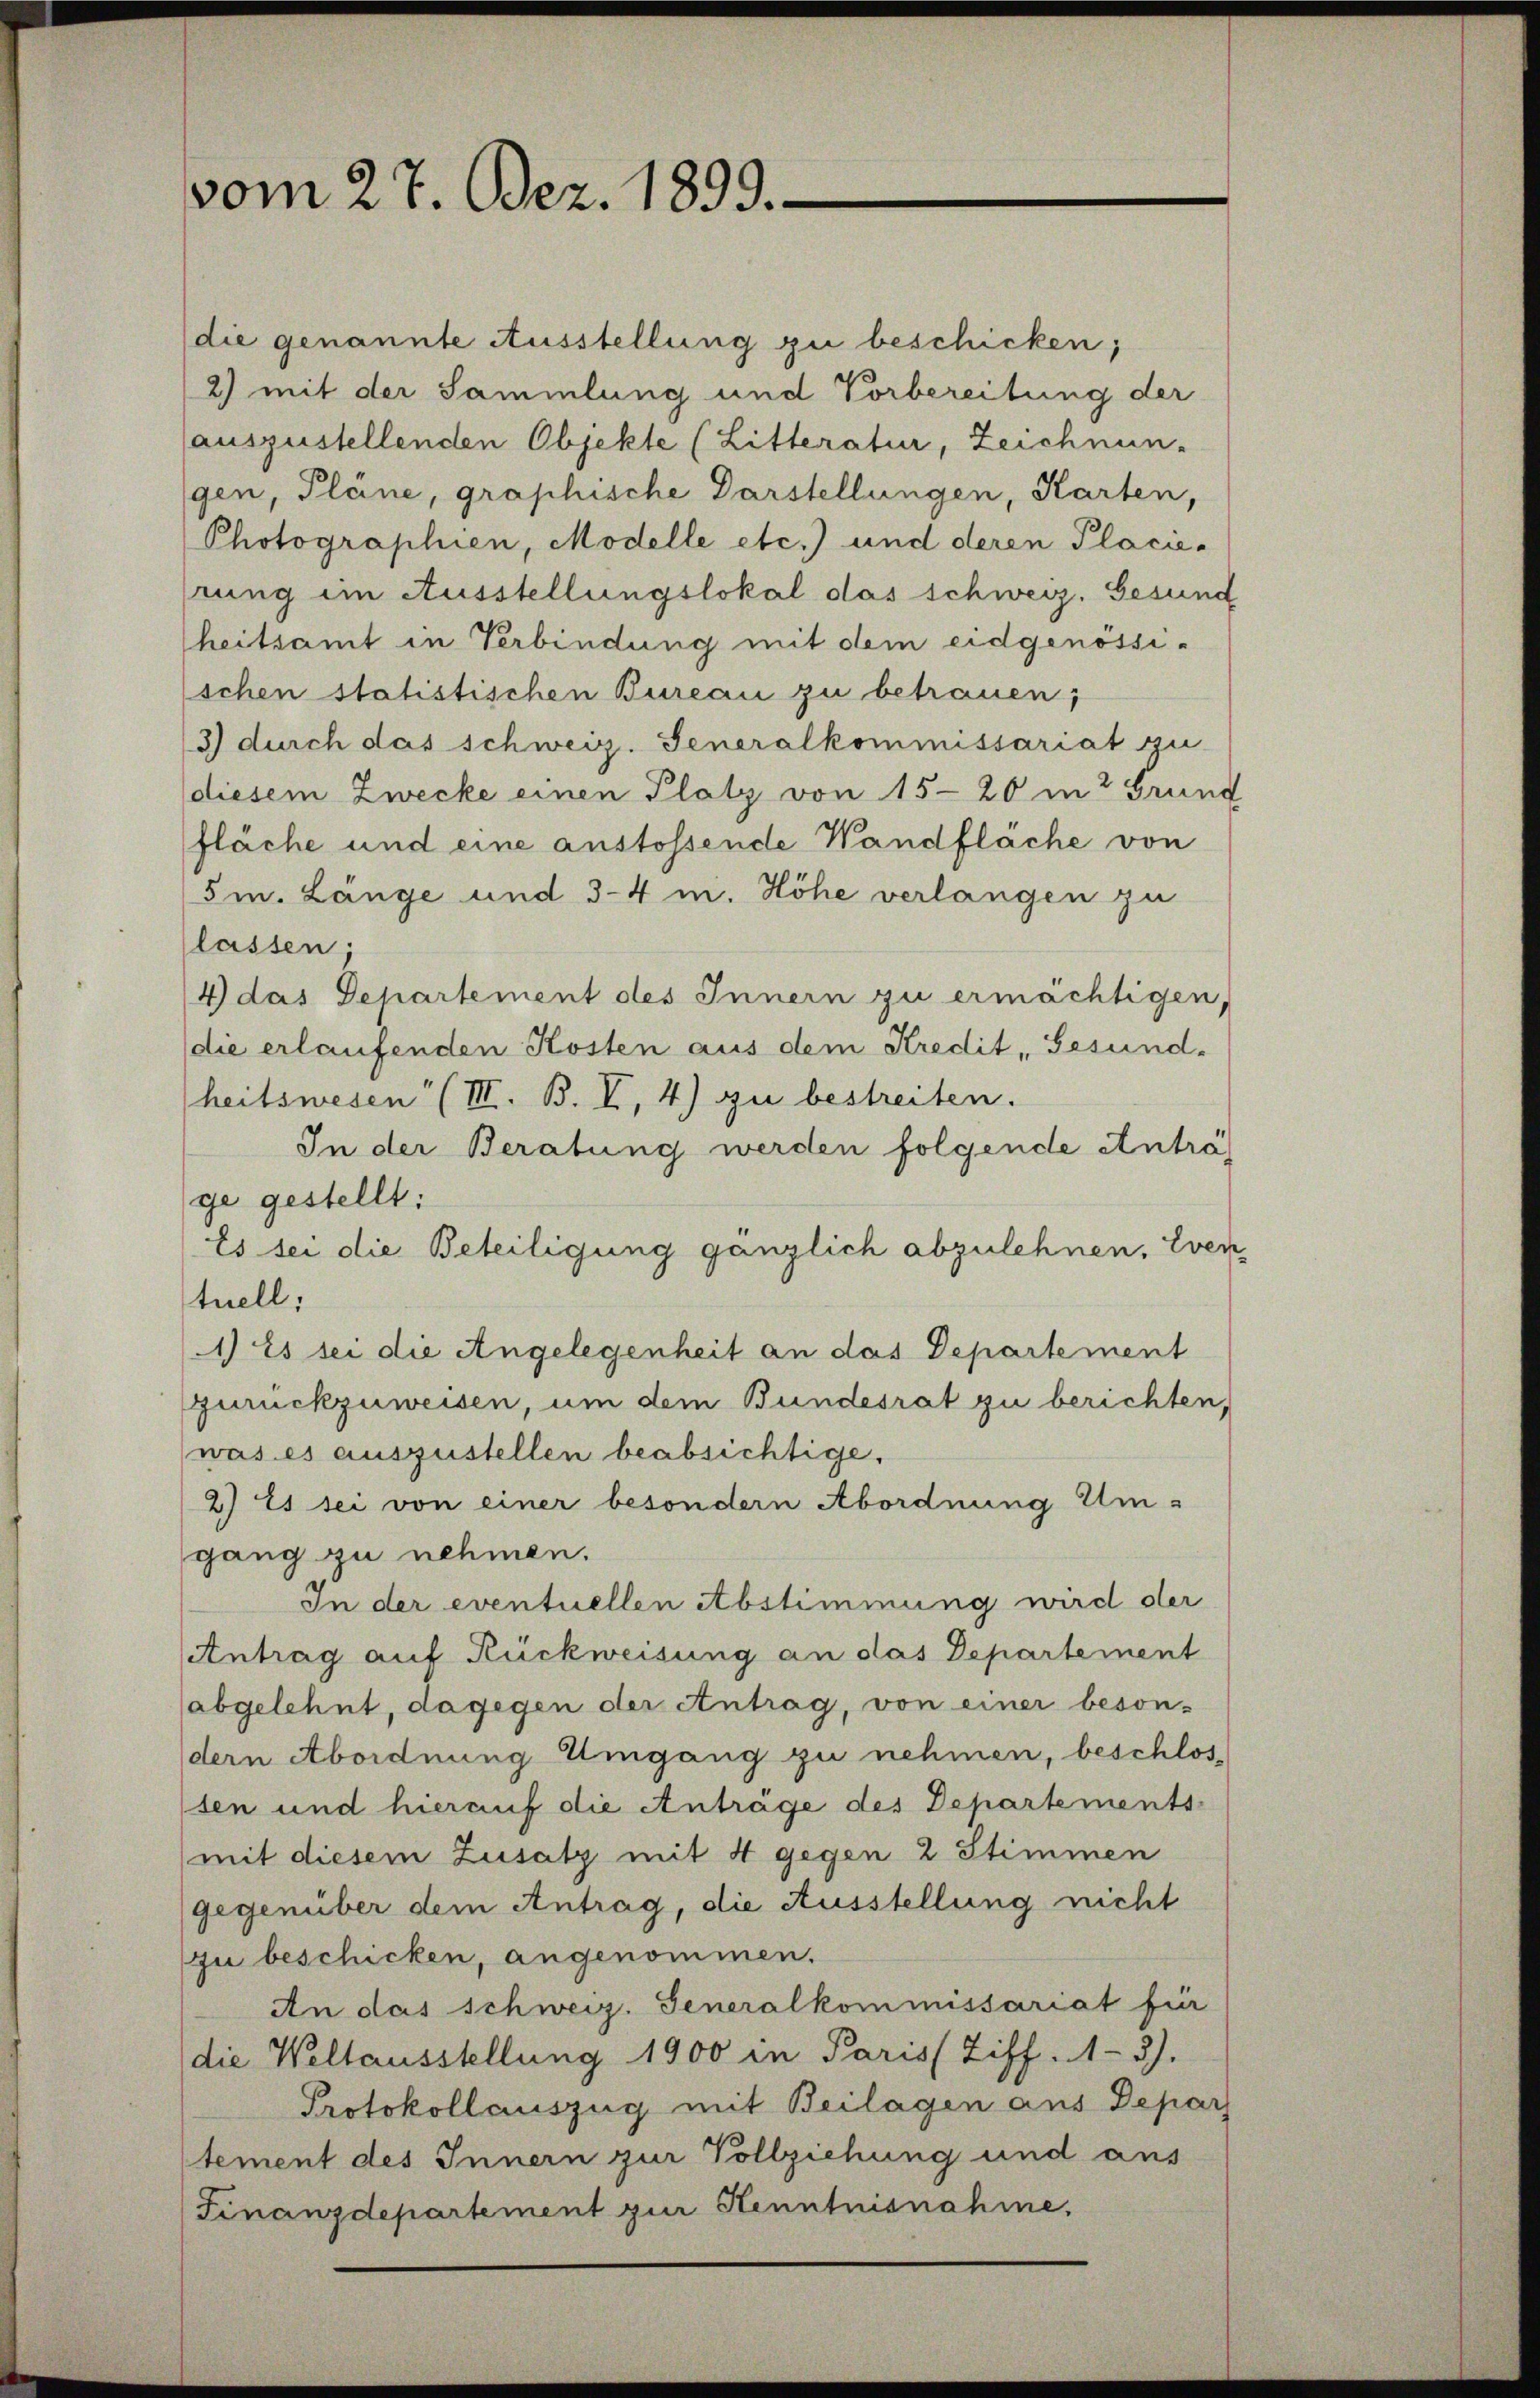
vom 27. Dez. 1899.

die genannte Ausstellung zu beschicken;
2) mit der Sammlung und Vorbereitung der
auszustellenden Objekte (Litteratur, Zeichnun-
gen, Pläne, graphische Darstellungen, Karten,
Photographien, Modelle etc.) und deren Placie-
rung im Ausstellungslokal das schweiz. Gesund
heitsamt in Verbindung mit dem eidgenössischen statistischen Bureau zu betrauen;
3) durch das schweiz. Generalkommissariat zu-
diesem Zwecke einen Platz von 15-20 in 2 Grund
fläche und eine anstossende Wandfläche von
Sm. Länge und 3-4 m. Höhe verlangen zu
lassen;
4) das Departement des Innern zu ermächtigen,
(die erlaufenden Kosten aus dem Kredit Gesund-
heitswesen (IIII. B. V, 4) zu bestreiten.
In der Beratung werden folgende Anträge gestellt:
Es sei die Beteiligung gänzlich abzulehnen. Even
tuell;
1) Es sei die Angelegenheit an das Departement
zurückzuweisen, um dem Bundesrat zu berichten,
was es auszustellen beabsichtige.
2) Es sei von einer besondern Abordnung Um-
gang zu nehmen.
In der eventuellen Abstimmung wird der
Antrag auf Rückweisung an das Departement
(abgelehnt, dagegen der Antrag, von einer beson-
dern Abordnung Umgang zu nehmen, beschlos-
sen und hierauf die Anträge des Departements-
mit diesem Zusatz mit 4 gegen 2 Stimmen
gegenüber dem Antrag, die Ausstellung nicht
zu beschicken, angenommen.
An das schweiz. Generalkommissariat für
die Weltausstellung 1900 in Paris (Ziff. 1-3).
Protokollauszug mit Beilagen aus Depar
tement des Innern zur Vollziehung und aus
(Finanzdepartement zur Kenntnisnahme,